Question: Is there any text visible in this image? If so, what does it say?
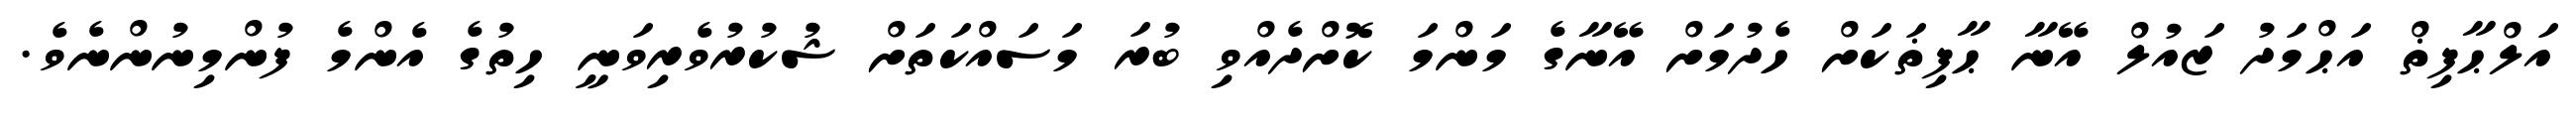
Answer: އަލްޙާފިޡް އަޙްމަދު ޒައުލް އޭނާ ޙާފިޡަކަށް ހެދުމަށް އޭނާގެ މަންމަ ކޮށްދެއްވި ބުރަ މަސައްކަތަށް ޝުކުރުވެރިވަނީ ހިތުގެ އެންމެ ފުންމިނުންނެވެ.